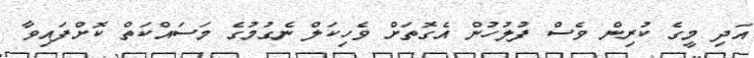
އަދި މީގެ ކުރިން ވެސް ފުލުހުން އެގޮތަށް ވެހިކަލް ނެގުމުގެ މަސައްކަތް ކޮށްފައިވާ